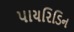
પાયરિડિન